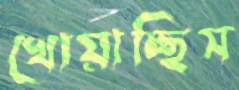
খোয়াচ্ছিস